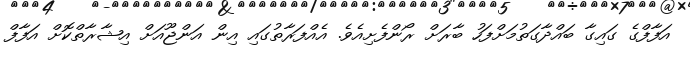
އަފާފްގެ ގައިގާ ބައްދާގަތުމަށްފަހު ބާރަށް ރޯންފެށިއެވެ. އެއްފަރާތުގައި އިން އަންޖޫއަށް އިޝާރާތްކޮށް އަފާފް